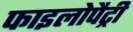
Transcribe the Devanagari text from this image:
फाइलोपैट्री